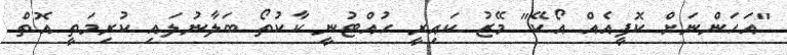
"އަހަންނަށް ކޮފީއެއް އޯކޭ" މޭޒު ކައިރީ ހުއްޓުނީ ކާކުތޯ ބަލާނުލައި ކުރިމަތީ އޮތް